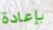
بإعادة